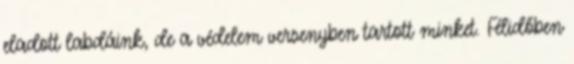
eladott labdáink, de a védelem versenyben tartott minket. Félidőben